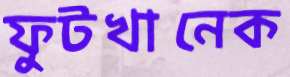
ফুটখানেক